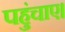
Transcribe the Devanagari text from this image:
पहुंचाए।